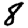
Digit: 8